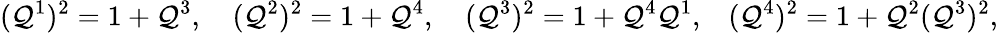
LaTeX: (\mathcal{Q}^{1})^{2}=1+\mathcal{Q}^{3},\quad(\mathcal{Q}^{2})^{2}=1+\mathcal{Q}^{4},\quad(\mathcal{Q}^{3})^{2}=1+\mathcal{Q}^{4}\mathcal{Q}^{1},\, \, \, \, \, (\mathcal{Q}^{4})^{2}=1+\mathcal{Q}^{2}(\mathcal{Q}^{3})^{2},